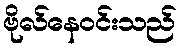
ဗိုလ်နေဝင်းသည်